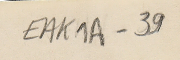
EAK1A-39